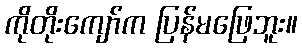
ကိုတိုးကျော်က ပြန်မဖြေဘူး။